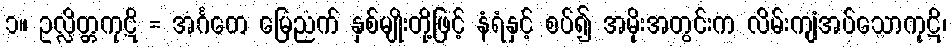
၁။ ဥလ္လိတ္တကုဋိ = အင်္ဂတေ မြေညက် နှစ်မျိုးတို့ဖြင့် နံရံနှင့် စပ်၍ အမိုးအတွင်းက လိမ်းကျံအပ်သောကုဋိ၊